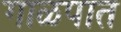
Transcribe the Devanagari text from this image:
गाळपात